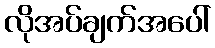
လိုအပ်ချက်အပေါ်